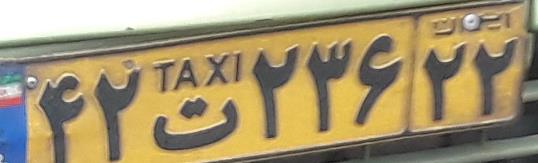
۴۲ت۲۳۶۲۲